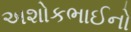
અશોકભાઈનો